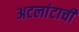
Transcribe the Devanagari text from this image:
अटलांटाची